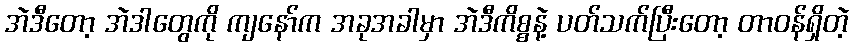
အဲဒီတော့ အဲဒါတွေကို ကျနော်က အခုအခါမှာ အဲဒီကိစ္စနဲ့ ပတ်သက်ပြီးတော့ တာဝန်ရှိတဲ့